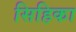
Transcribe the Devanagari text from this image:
सिहिका